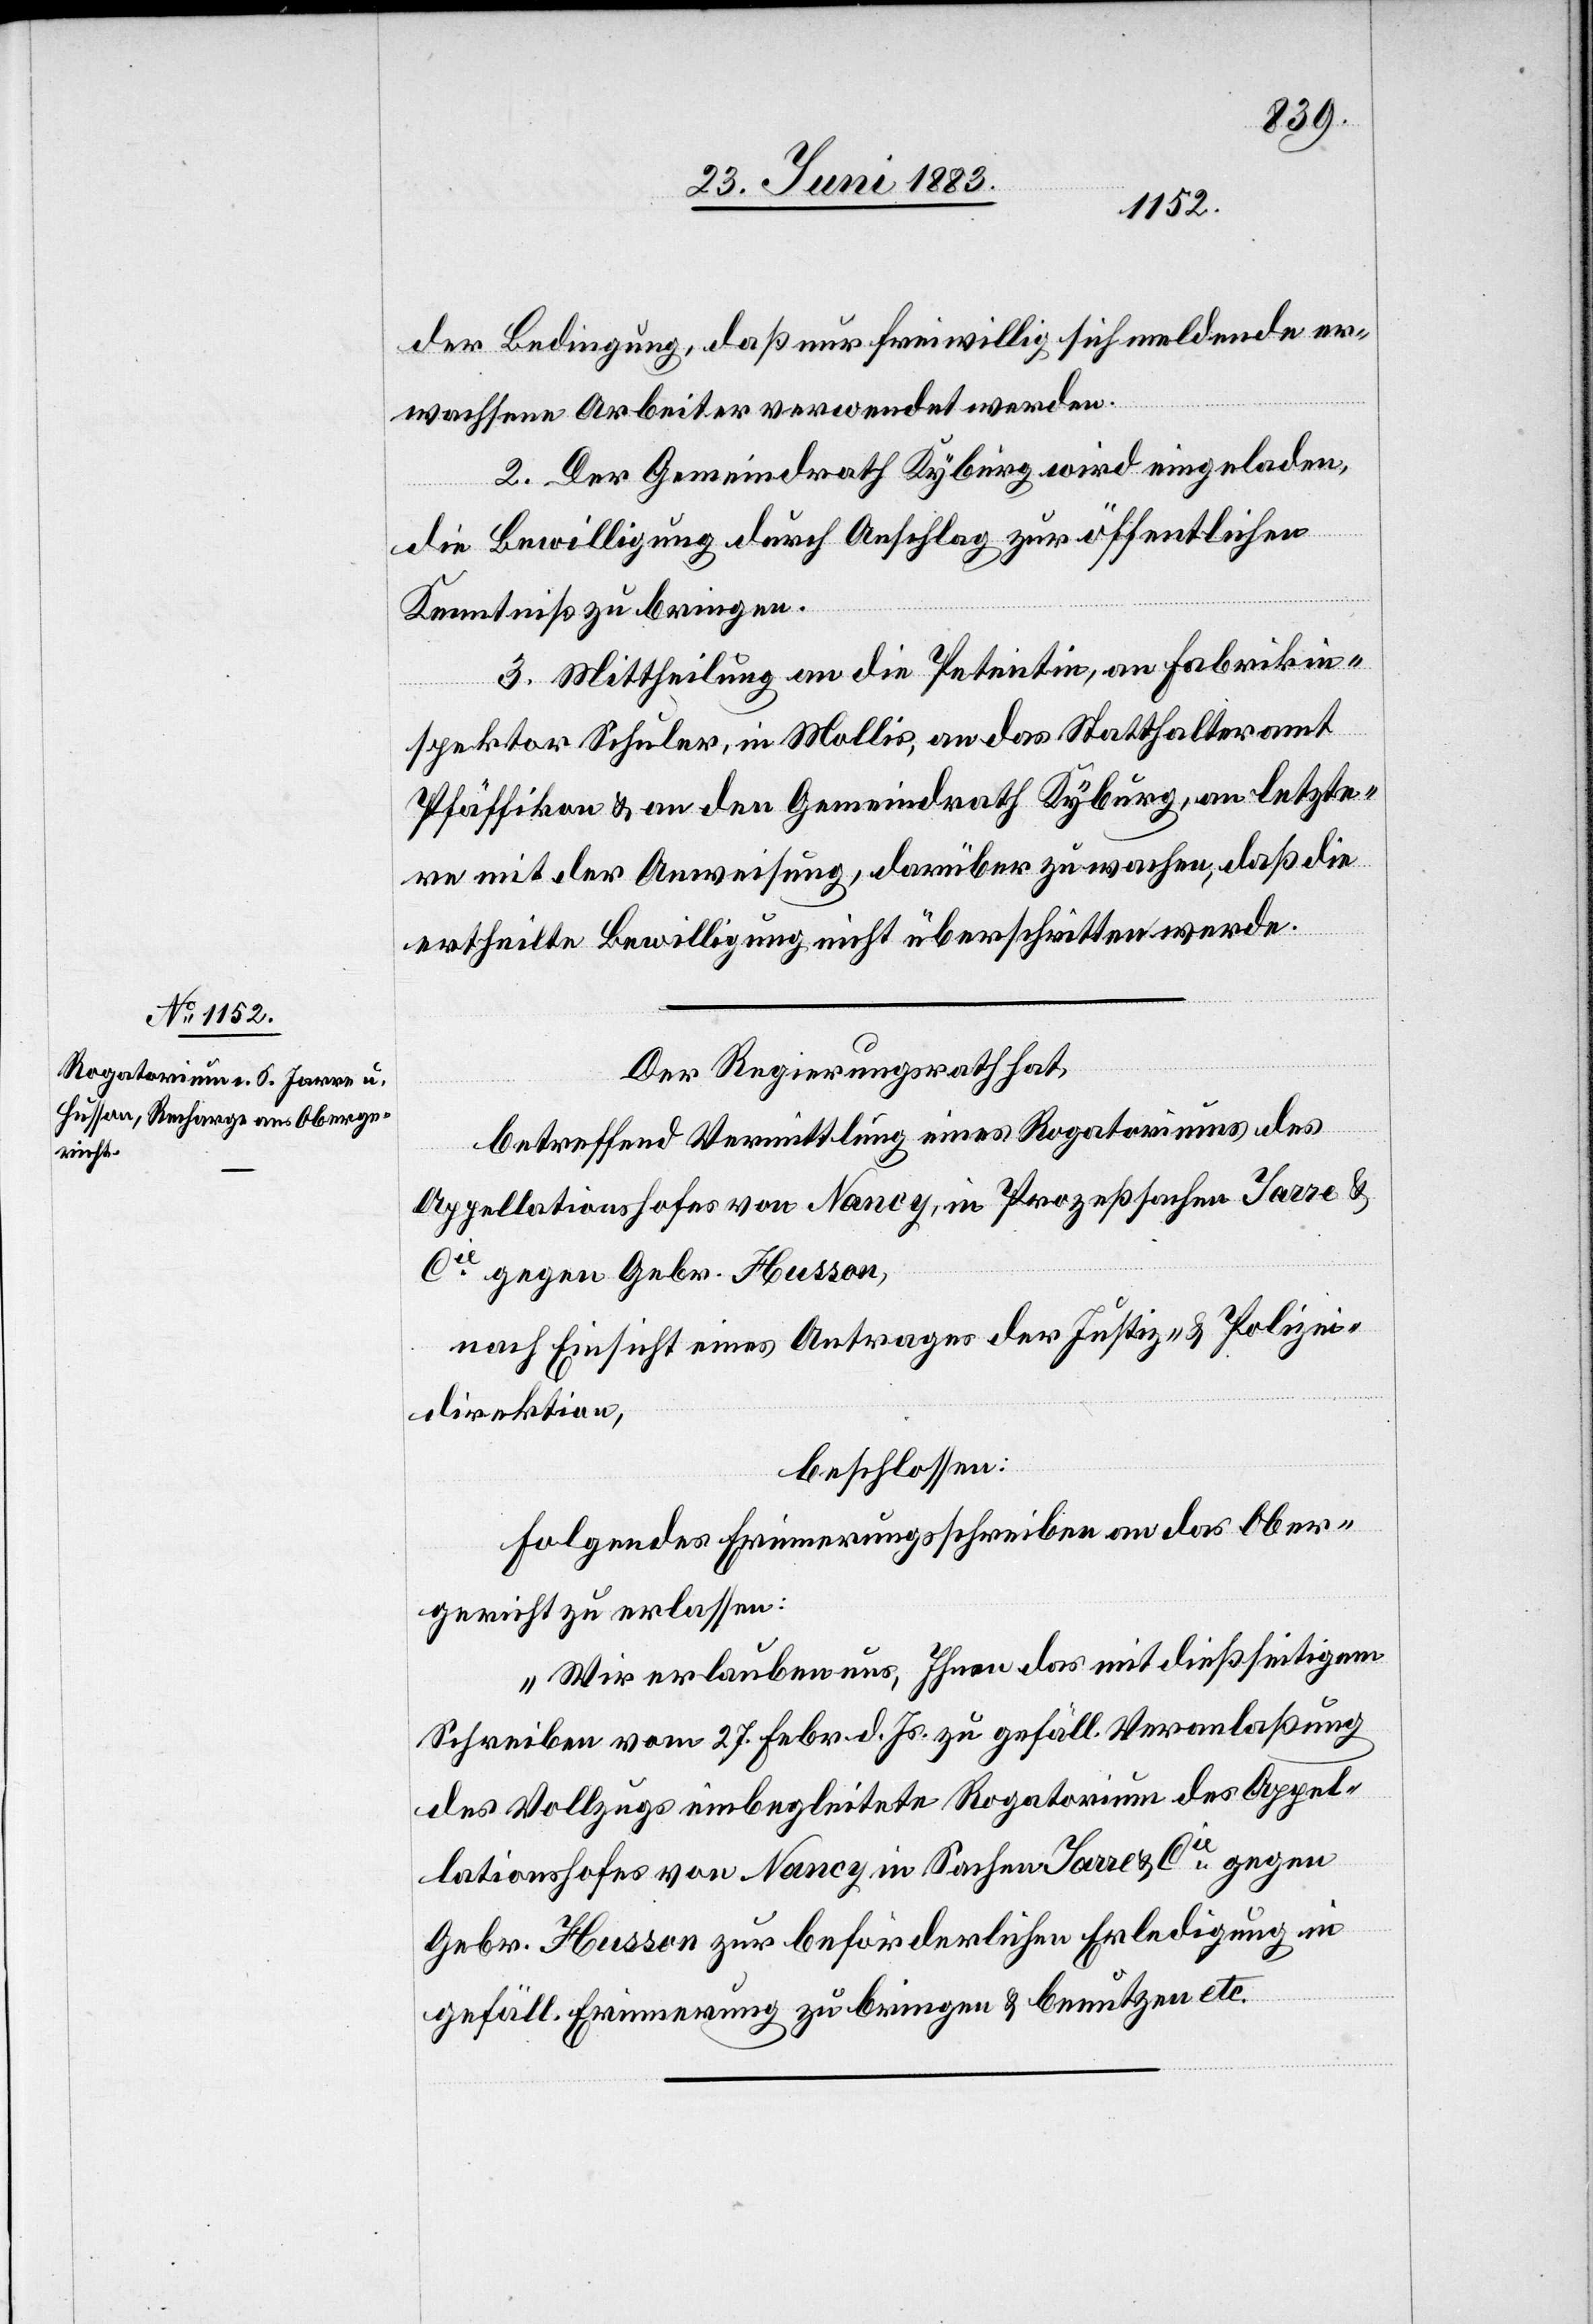
der Bedingung, daß nur freiwillig sich meldende er¬
wachsene Arbeiter verwendet werden.
2. Der Gemeindrath Kyburg wird eingeladen,
die Bewilligung durch Anschlag zur öffentlichen
Kenntniß zu bringen.
3. Mittheilung an die Petentin, an Fabrikin¬
spektor Schuler, in Mollis, & an das Statthalteramt
Pfäffikon & den Gemeindrath Kyburg, an letzte¬
re mit der Anweisung darüber zu wachen, daß die
ertheilte Bewilligung nicht überschritten werde.
Der Regierungsrath hat,
betreffend Vermittlung eines Rogatoriums des
Appellationshofes von Nancy, in Prozeßsachen Jarre &
Cie gegen Gebr. Husson,
nach Einsicht eines Antrages der Justiz- & Polizei¬
direktion,
beschlossen:
Folgendes Erinnerungsschreiben an das Ober¬
gericht zu erlassen:
„Wir erlauben uns, Ihnen das mit dießseitigem
Schreiben vom 27. Febr. d. Js. zu gefäll. Veranlaßung
des Vollzugs einbegleitete Rogatorium des Appel¬
lationshofes von Nancy in Sachen Jarre & Cie gegen
Gebr. Husson zur beförderlichen Erledigung in
gefäll. Erinnerung zu bringen & benutzen etc.